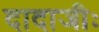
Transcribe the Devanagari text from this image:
दादाजीः